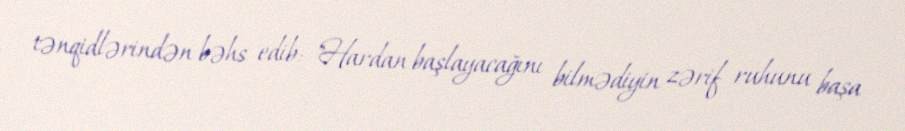
tənqidlərindən bəhs edib: "Hardan başlayacağını bilmədiyin zərif ruhunu başa